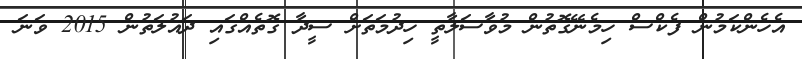
އެހެންކަމުން ފެކްސް ހިމެނޭގޮތުން މުވާސަލާތީ ހިދުމަތަށް ސީދާ ގޮތެއްގައި ދައުލަތުން 2015 ވަނަ